Annual report on the health of the army in India
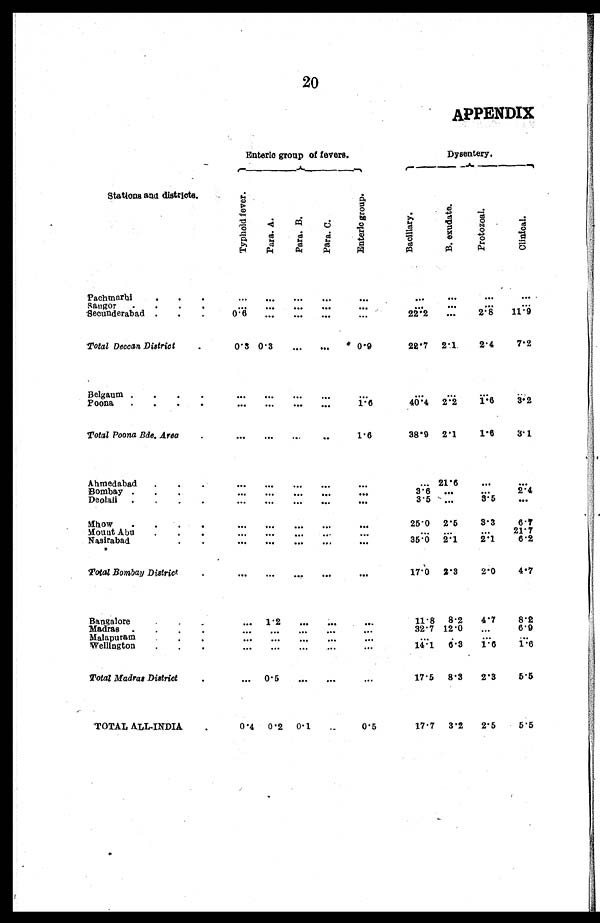
20
APPENDIX
Stations and districts.
Enteric group of fevers.
Dysentery.
Ty p h o i d f e v e r .
Para. A.
Para. B.
Para. C.
E n t e r i c g r o u p .
Baci l l ar y.
B. exudat e.
Pr ot oz oal .
Cl i ni cal .
Pachmarbi
. . .
. . .
. . .
. . .
. . .
. . .
. . .
. . .
. . .
. . .
Saugor
. . . .
. . .
. . .
. . .
. . .
. . .
. . .
. . .
Secunderabad . . .
0.6
. . .
. . .
. . .
. . .
22.2
. . .
2.8
11.9
Total Deccan District
.
0.3 0. 3
. . .
. . .
0.9
22.7 2.1
2.4
7.2
Belgaum . . . .
. . .
. . .
. . .
. . .
. . .
. . .
...
...
Poona
. . . .
. . .
. . .
. . .
. . .
1.6
40.4 2.2
1 . 6
3.2
Total Poona Bde. Area
.
. . .
. . .
. . .
. . .
1. 6
38.9 2.1
1.6
3.1
Ahmedabad
. . .
. . .
. . .
. . .
. . .
. . .
. . . 21.6
. . .
. . .
Bombay . . .
. . .
. . .
. . .
. . .
. . .
3.6
. . .
2.4
Deolali
.
. . .
. . .
. . .
. . .
. . .
3.5 ...
3 . 5
. . .
Mhow
.
. . .
. . .
. . .
. . .
. . .
. . .
25.0 2.5
3.3
6 . 7
Mount Abu.
•
.
. . .
. . .
. . .
. . .
. . .
. . .
21.7
Nasirabad
. . .
. . .
. . .
. . .
. . .
35.0 2.1
2.1
6.2
. T o t a l B o m b a yD
i s t r i c t
. . . ...
...
. . .
. . .
17.0 2.3
2.0
4.7
Bangalore
. . . 1.2
. . .
. . .
. . .
11.8 8.2
4.7
8.2
Madras
. . . .
. . .
. . .
. . .
. . .
. . .
32.7 12.0
. . .
6 . 9
Malapuram
. . .
. . .
. . .
. . .
. . .
. . . ...
...
. . .
Wellington
. . .
. . .
. . .
. . .
. . .
. . .
14.1
6. 3
1 . 6
1 . 6
Total Madras District.
. . .
0.5 ...
. . .
. . .
17.5 8.3
2.3
5.5
*TOTAL ALL-INDIA
.
0.4 0.2 0.1
. . .
0.5
17.7 3.2
2.5
5.5